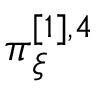
\boldsymbol { \pi } _ { \boldsymbol { \xi } } ^ { [ 1 ] , 4 }